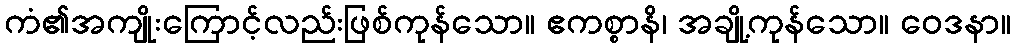
ကံ၏အကျိုးကြောင့်လည်းဖြစ်ကုန်သော။ ဧကစ္စာနိ၊ အချို့ကုန်သော။ ဝေဒနာ။